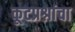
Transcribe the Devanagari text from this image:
कूटप्रश्नांचा